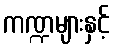
ကဏ္ဍများနှင့်